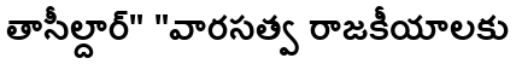
తాసీల్దార్" "వారసత్వ రాజకీయాలకు